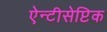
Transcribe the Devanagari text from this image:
ऐन्टीसेप्टिक